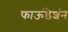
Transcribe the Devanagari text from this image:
फाऊंडेशंन